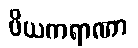
ပိယကရာဏာ